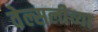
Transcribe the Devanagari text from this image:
वेल्सलीच्या